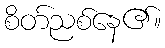
စိတ်ညစ်နေ၏။